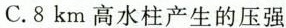
C.8km高水柱产生的压强